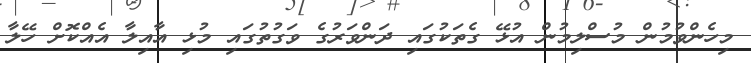
މިހެންވުމުން މުސްލިމުން އުޅޭ ގެތަކުގައި ދަންވަރުގެ ވަގުތުގައި މުޅި އާއިލާ އެއްކޮށް ހޭލާ